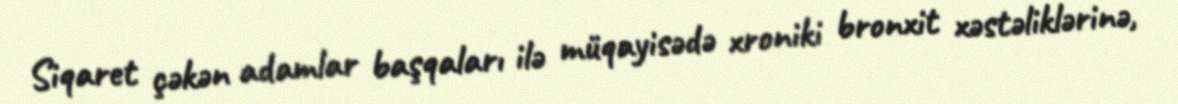
Siqaret çəkən adamlar başqaları ilə müqayisədə xroniki bronxit xəstəliklərinə,